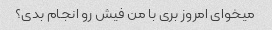
میخوای امروز بری با من فیش رو انجام بدی؟